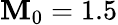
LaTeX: \mathbf{M}_{0}=1.5